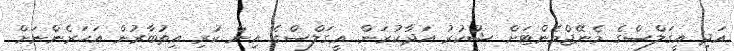
އަދި އީގަލްސްގެ މެނޭޖްމެންޓަށް ޝުކުރު އަދާކުރަން. އީގަލްސްގެ އިން ކުރި އިތުބާރުން އަހަރެންނަށް